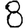
Digit: 8